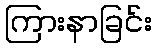
ကြားနာခြင်း